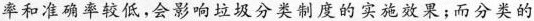
率和准确率较低，会影响垃圾分类制度的实施效果；二分类的